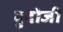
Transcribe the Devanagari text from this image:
दुदोजी